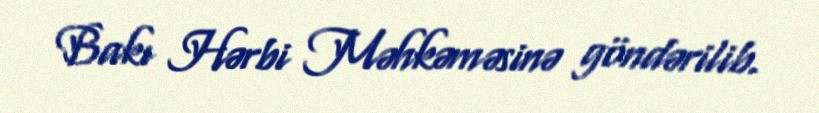
Bakı Hərbi Məhkəməsinə göndərilib.